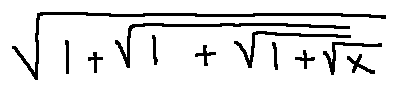
\sqrt { 1 + \sqrt { 1 + \sqrt { 1 + \sqrt { x } } } }